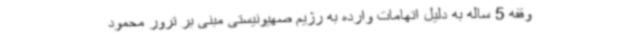
وقفه 5 ساله به دلیل اتهامات وارده به رژیم صهیونیستی مبنی بر ترور محمود